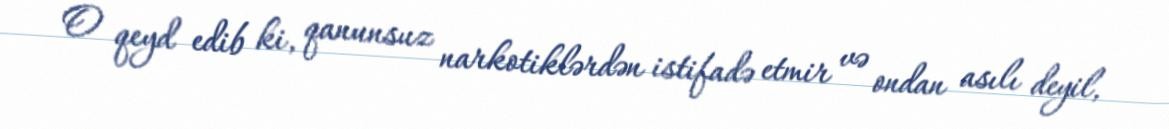
O qeyd edib ki, qanunsuz narkotiklərdən istifadə etmir və ondan asılı deyil,